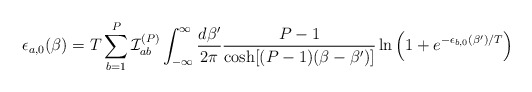
\begin{align*}\epsilon_{a,0}(\beta) = T \sum_{b=1}^{P} {\cal I}_{ab}^{(P)} \int_{-\infty}^\infty\frac{d\beta'}{2\pi}\frac{P-1}{\cosh[(P-1)(\beta-\beta')]}\ln\left(1+e^{-\epsilon_{b,0}(\beta')/T}\right)\end{align*}